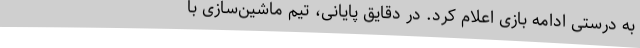
به درستی ادامه بازی اعلام کرد. در دقایق پایانی، تیم ماشین‌سازی با